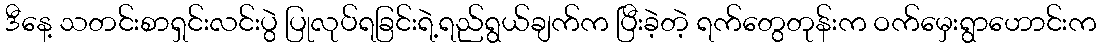
ဒီနေ့ သတင်းစာရှင်းလင်းပွဲ ပြုလုပ်ရခြင်းရဲ့ရည်ရွယ်ချက်က ပြီးခဲ့တဲ့ ရက်တွေတုန်းက ဝက်မှေးရွာဟောင်းက